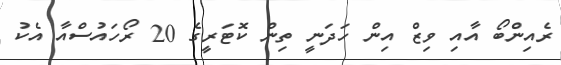
ރެއިންބޯ އާއި ވިޒް އިން ހަދަނީ ތިން ކޮޓަރީގެ 20 ރޯހައުސްއާ އެކު